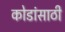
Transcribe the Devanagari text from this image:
कोडांसाठी